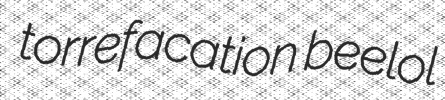
torrefacation beelol